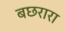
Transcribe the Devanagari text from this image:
बछरारा